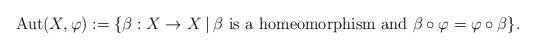
LaTeX: \begin{align*}{\rm Aut}(X, \varphi) := \{ \beta : X \rightarrow X \: | \: \beta \hbox{ is a homeomorphism and }\beta \circ \varphi = \varphi \circ \beta\}.\end{align*}